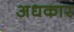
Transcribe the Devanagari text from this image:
अधकार